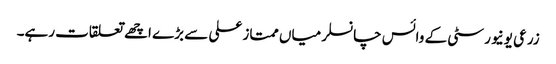
زرعی یونیورسٹی کے وائس چانسلر میاں ممتاز علی سے بڑے اچھے تعلقات رہے۔